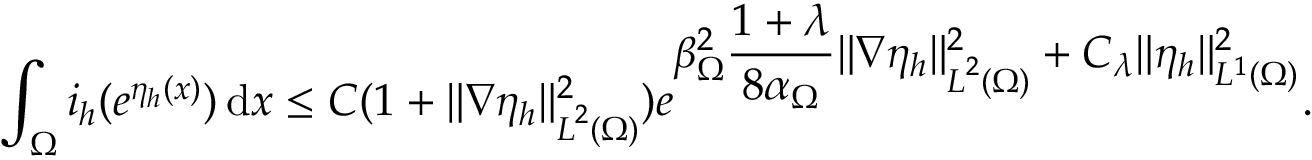
\int _ { \Omega } i _ { h } ( e ^ { \eta _ { h } ( { \boldsymbol x } ) } ) \, \mathrm { d } { \boldsymbol x } \le C ( 1 + \| \nabla \eta _ { h } \| _ { { \boldsymbol L } ^ { 2 } ( \Omega ) } ^ { 2 } ) e ^ { \displaystyle \beta _ { \Omega } ^ { 2 } \frac { 1 + \lambda } { 8 \alpha _ { \Omega } } \| \nabla \eta _ { h } \| _ { { \boldsymbol L } ^ { 2 } ( \Omega ) } ^ { 2 } + C _ { \lambda } \| \eta _ { h } \| _ { L ^ { 1 } ( \Omega ) } ^ { 2 } } .